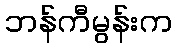
ဘန်ကီမွန်းက